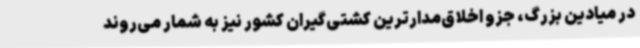
در میادین بزرگ، جزو اخلاق‌مدارترین کشتی‌گیران کشور نیز به شمار می‌روند